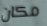
مكان